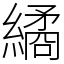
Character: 繘